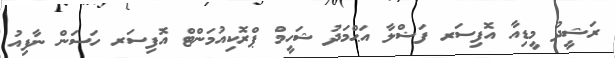
ރަޝީދު މީޑިއާ އޮފިސަރ ފަޟްލާ އަޙްމަދު ޝަހީމް ޕްރޮކިއުމަންޓް އޮފިސަރ ހަސަން ނާފިއު